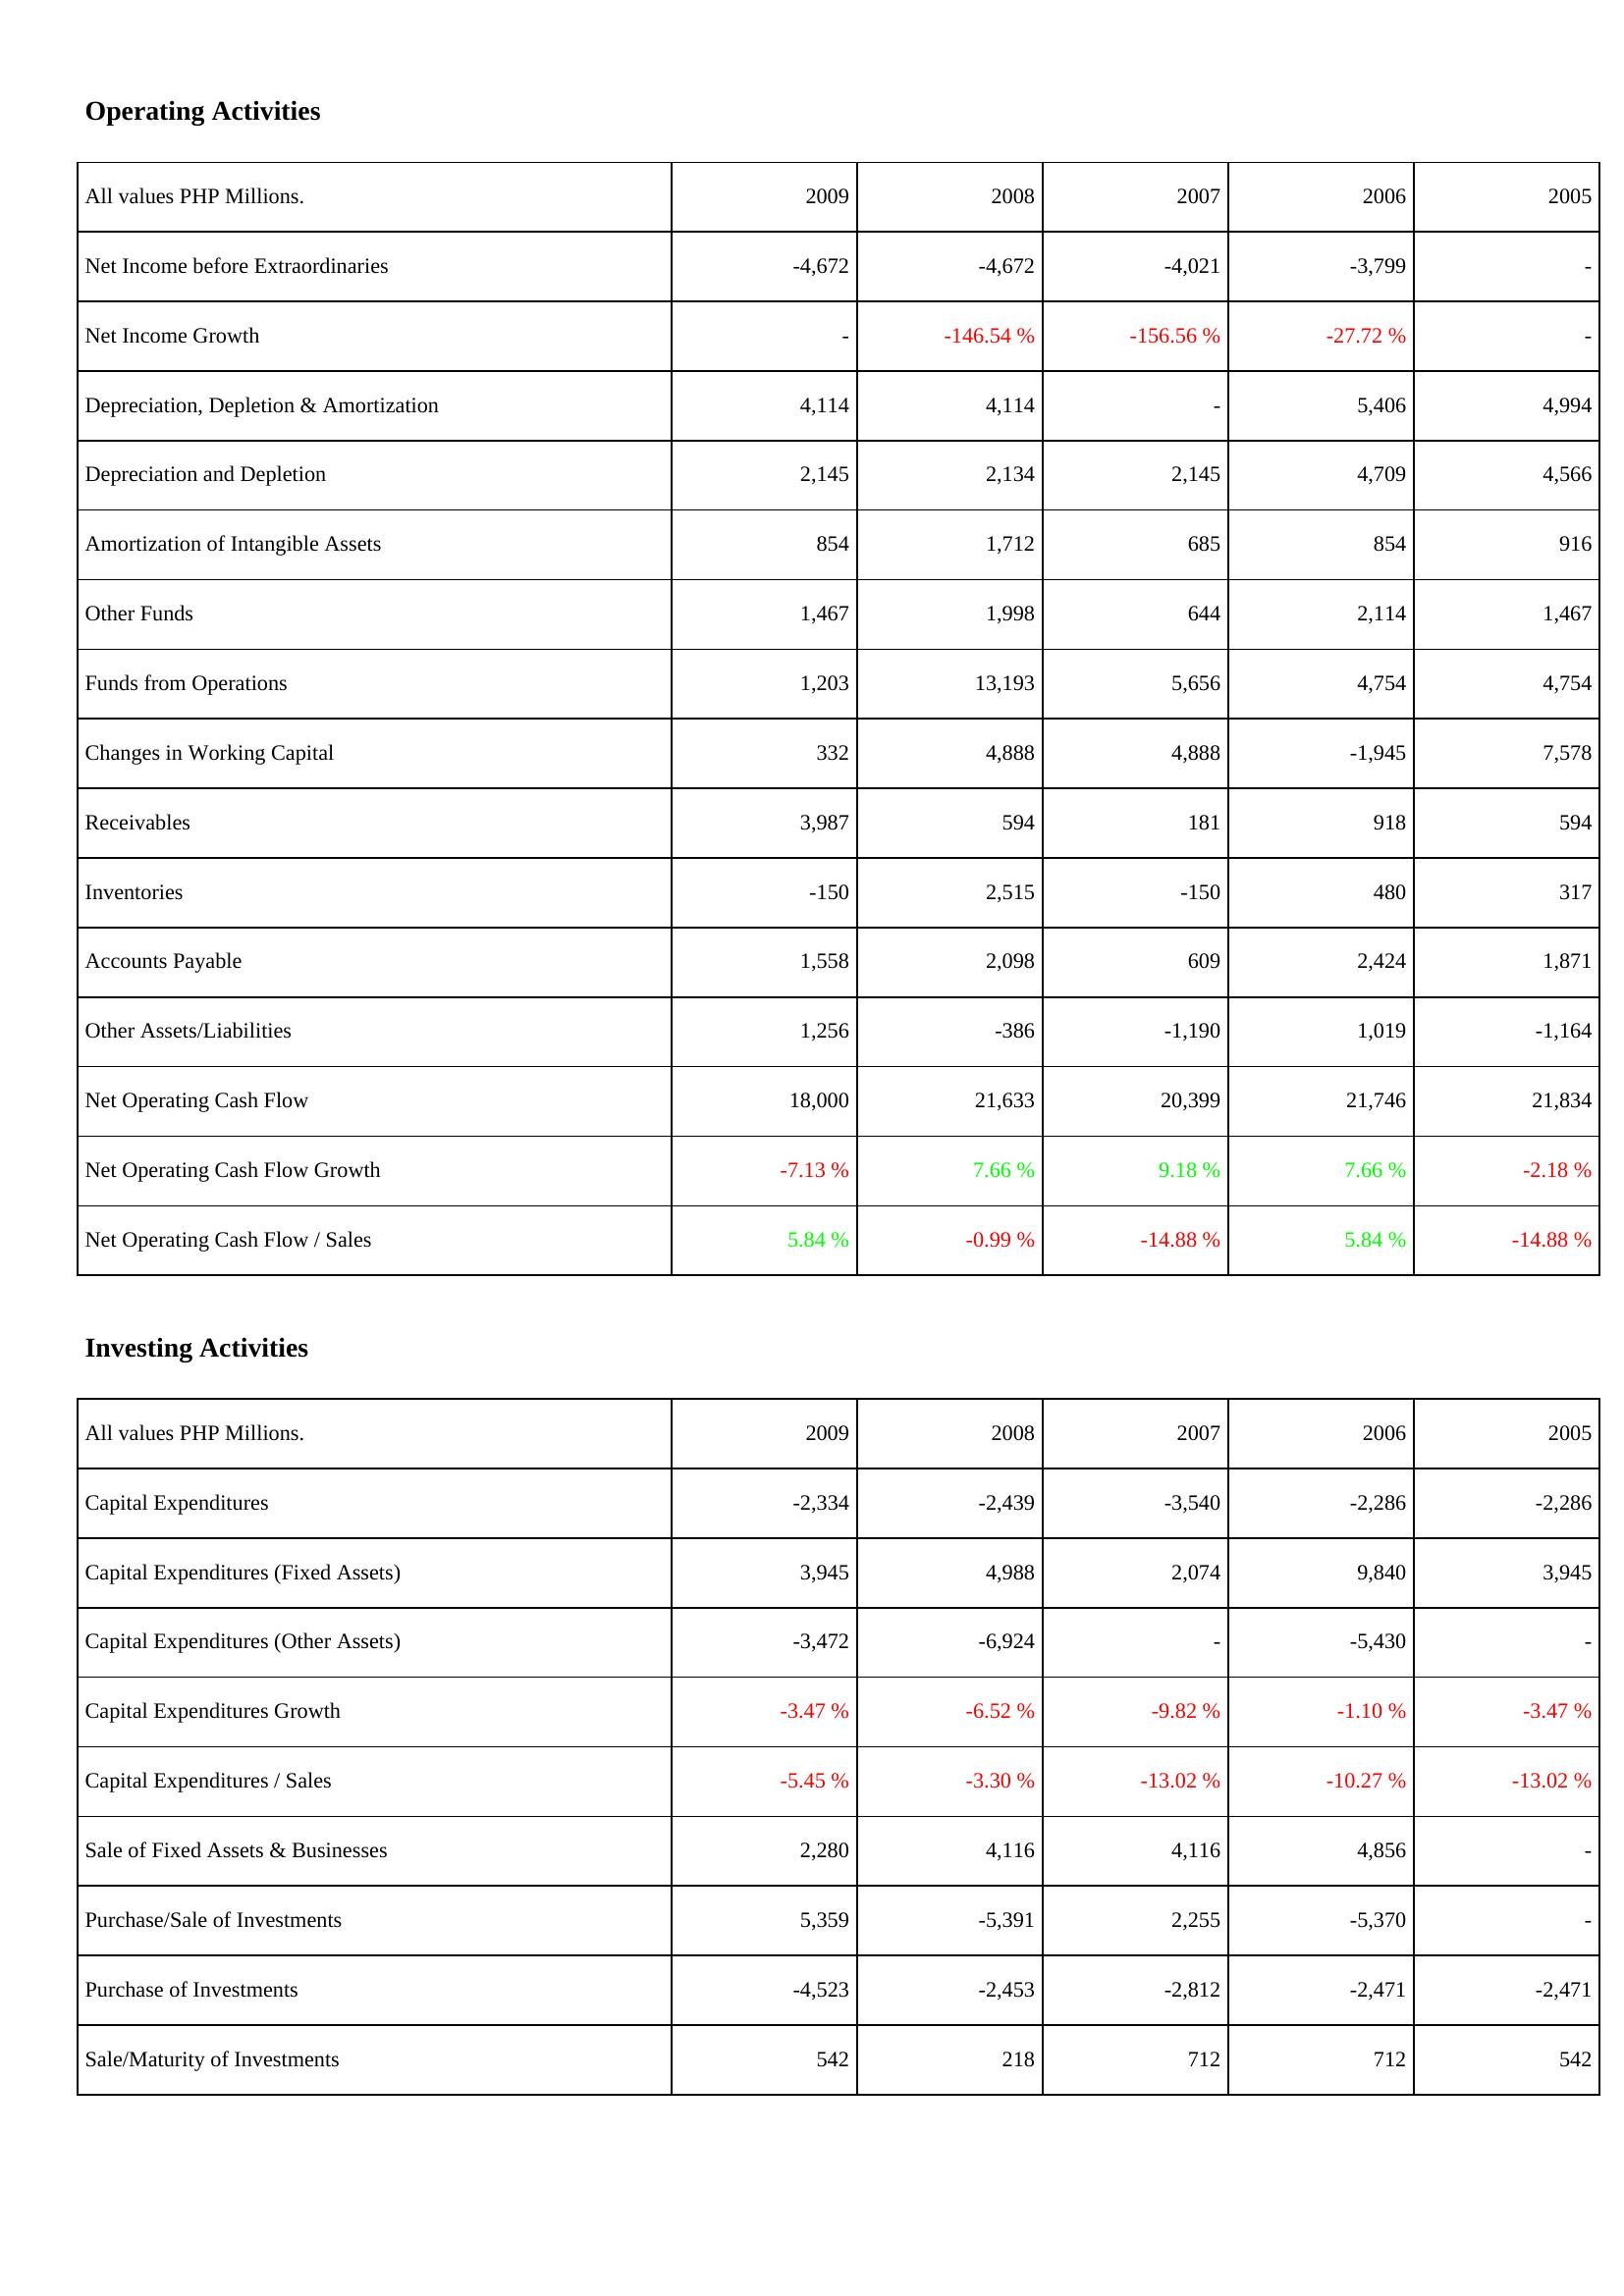
2009: Operating Activities: Net Income before Extraordinaries: -4,672
Net Income Growth: -
Depreciation, Depletion & Amortization: 4,114
Depreciation and Depletion: 2,145
Amortization of Intangible Assets: 854
Other Funds: 1,467
Funds from Operations: 1,203
Changes in Working Capital: 332
Receivables: 3,987
Inventories: -150
Accounts Payable: 1,558
Other Assets/Liabilities: 1,256
Net Operating Cash Flow: 18,000
Net Operating Cash Flow Growth: -7.13 %
Net Operating Cash Flow / Sales: 5.84 %
Investing Activities: Capital Expenditures: -2,334
Capital Expenditures (Fixed Assets): 3,945
Capital Expenditures (Other Assets): -3,472
Capital Expenditures Growth: -3.47 %
Capital Expenditures / Sales: -5.45 %
Sale of Fixed Assets & Businesses: 2,280
Purchase/Sale of Investments: 5,359
Purchase of Investments: -4,523
Sale/Maturity of Investments: 542
2008: Operating Activities: Net Income before Extraordinaries: -4,672
Net Income Growth: -146.54 %
Depreciation, Depletion & Amortization: 4,114
Depreciation and Depletion: 2,134
Amortization of Intangible Assets: 1,712
Other Funds: 1,998
Funds from Operations: 13,193
Changes in Working Capital: 4,888
Receivables: 594
Inventories: 2,515
Accounts Payable: 2,098
Other Assets/Liabilities: -386
Net Operating Cash Flow: 21,633
Net Operating Cash Flow Growth: 7.66 %
Net Operating Cash Flow / Sales: -0.99 %
Investing Activities: Capital Expenditures: -2,439
Capital Expenditures (Fixed Assets): 4,988
Capital Expenditures (Other Assets): -6,924
Capital Expenditures Growth: -6.52 %
Capital Expenditures / Sales: -3.30 %
Sale of Fixed Assets & Businesses: 4,116
Purchase/Sale of Investments: -5,391
Purchase of Investments: -2,453
Sale/Maturity of Investments: 218
2007: Operating Activities: Net Income before Extraordinaries: -4,021
Net Income Growth: -156.56 %
Depreciation, Depletion & Amortization: -
Depreciation and Depletion: 2,145
Amortization of Intangible Assets: 685
Other Funds: 644
Funds from Operations: 5,656
Changes in Working Capital: 4,888
Receivables: 181
Inventories: -150
Accounts Payable: 609
Other Assets/Liabilities: -1,190
Net Operating Cash Flow: 20,399
Net Operating Cash Flow Growth: 9.18 %
Net Operating Cash Flow / Sales: -14.88 %
Investing Activities: Capital Expenditures: -3,540
Capital Expenditures (Fixed Assets): 2,074
Capital Expenditures (Other Assets): -
Capital Expenditures Growth: -9.82 %
Capital Expenditures / Sales: -13.02 %
Sale of Fixed Assets & Businesses: 4,116
Purchase/Sale of Investments: 2,255
Purchase of Investments: -2,812
Sale/Maturity of Investments: 712
2006: Operating Activities: Net Income before Extraordinaries: -3,799
Net Income Growth: -27.72 %
Depreciation, Depletion & Amortization: 5,406
Depreciation and Depletion: 4,709
Amortization of Intangible Assets: 854
Other Funds: 2,114
Funds from Operations: 4,754
Changes in Working Capital: -1,945
Receivables: 918
Inventories: 480
Accounts Payable: 2,424
Other Assets/Liabilities: 1,019
Net Operating Cash Flow: 21,746
Net Operating Cash Flow Growth: 7.66 %
Net Operating Cash Flow / Sales: 5.84 %
Investing Activities: Capital Expenditures: -2,286
Capital Expenditures (Fixed Assets): 9,840
Capital Expenditures (Other Assets): -5,430
Capital Expenditures Growth: -1.10 %
Capital Expenditures / Sales: -10.27 %
Sale of Fixed Assets & Businesses: 4,856
Purchase/Sale of Investments: -5,370
Purchase of Investments: -2,471
Sale/Maturity of Investments: 712
2005: Operating Activities: Net Income before Extraordinaries: -
Net Income Growth: -
Depreciation, Depletion & Amortization: 4,994
Depreciation and Depletion: 4,566
Amortization of Intangible Assets: 916
Other Funds: 1,467
Funds from Operations: 4,754
Changes in Working Capital: 7,578
Receivables: 594
Inventories: 317
Accounts Payable: 1,871
Other Assets/Liabilities: -1,164
Net Operating Cash Flow: 21,834
Net Operating Cash Flow Growth: -2.18 %
Net Operating Cash Flow / Sales: -14.88 %
Investing Activities: Capital Expenditures: -2,286
Capital Expenditures (Fixed Assets): 3,945
Capital Expenditures (Other Assets): -
Capital Expenditures Growth: -3.47 %
Capital Expenditures / Sales: -13.02 %
Sale of Fixed Assets & Businesses: -
Purchase/Sale of Investments: -
Purchase of Investments: -2,471
Sale/Maturity of Investments: 542